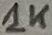
Text: 1K